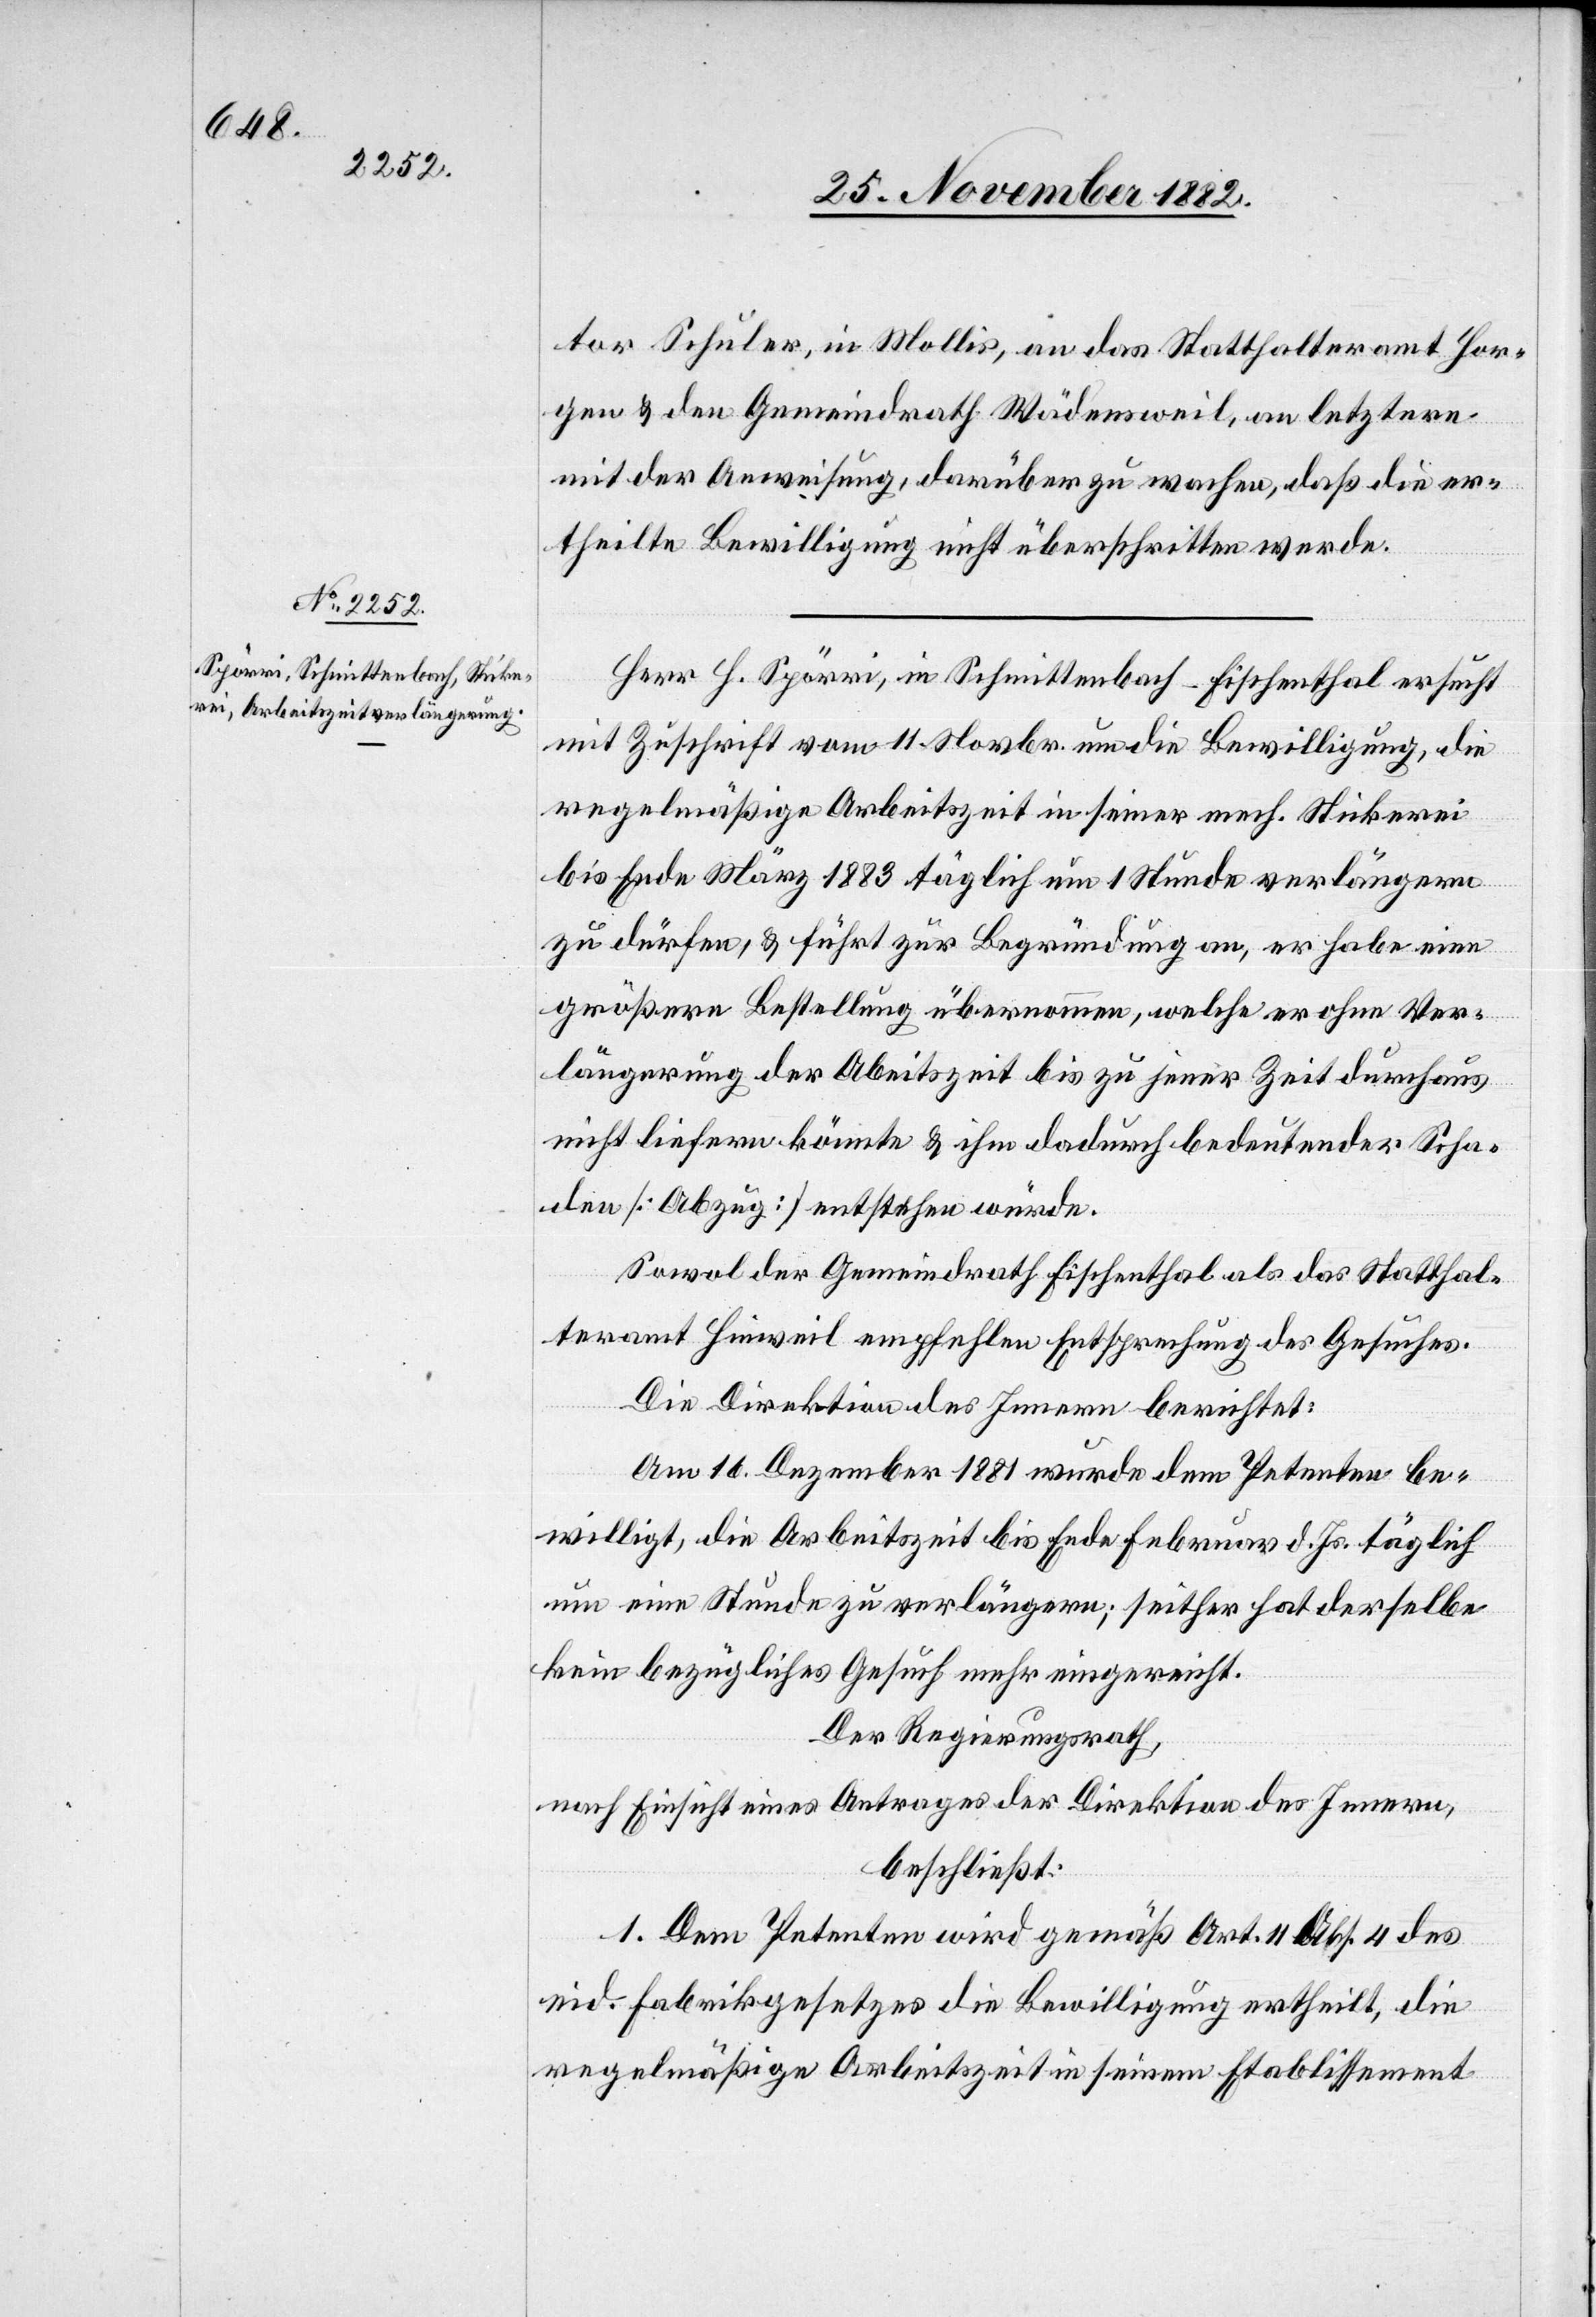
tor Schuler, in Mollis, an das Statthalteramt Hor¬
gen & den Gemeindrath Wädensweil, an letztere
mit der Anweisung, darüber zu wachen, daß die er¬
theilte Bewilligung nicht überschritten werde.
Herr H. Spörri, in Schmittenbach - Fischenthal ersucht
mit Zuschrift vom 11. Novbr. um die Bewilligung, die
regelmäßige Arbeitszeit in seiner mech. Stickerei
bis Ende März 1883 täglich um 1 Stunde verlängern
zu dürfen, & führt zur Begründung an, er habe eine
größere Bestellung übernommen, welche er ohne Ver¬
längerung der Arbeitszeit bis zu jener Zeit durchaus
nicht liefern könnte & ihm dadurch bedeutender Scha¬
den [Abzug] entstehen würde.
Sowol der Gemeindrath Fischenthal als das Statthal¬
teramt Hinweil empfehlen Entsprechung des Gesuches.
Die Direktion des Innern berichtet:
Am 16. Dezember 1881 wurde dem Petenten be¬
willigt, die Arbeitszeit bis Ende Februar d. Js. täglich
um eine Stunde zu verlängern; seither hat derselbe
kein bezügliches Gesuch mehr eingereicht.
Der Regierungsrath,
nach Einsicht eines Antrages der Direktion des Innern,
beschließt:
1. Dem Petenten wird gemäß Art. 11 Abs. 4 des
eid. Fabrikgesetzes die Bewilligung ertheilt, die
regelmäßige Arbeitszeit in seinem Etablissement